Indian journal of veterinary science and animal husbandry - Volume 8,
Year: 1938
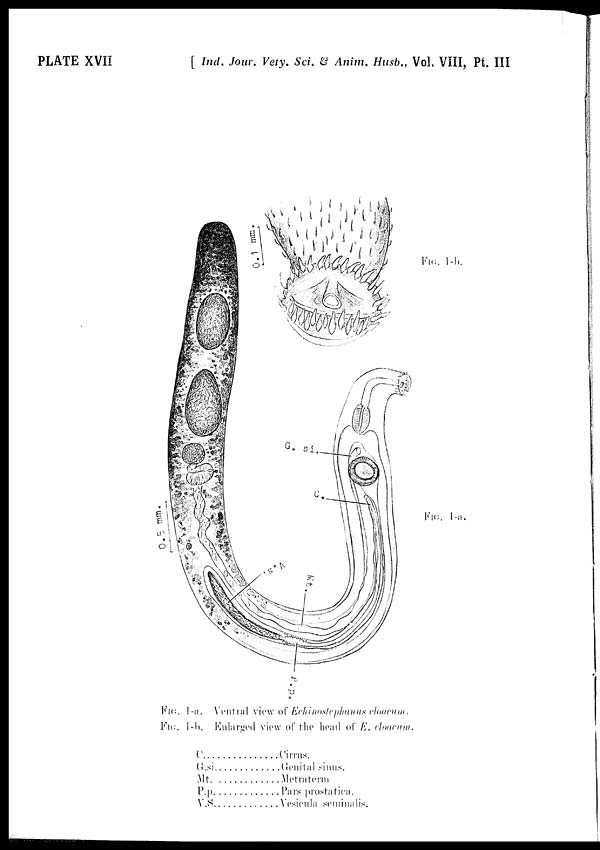
PLATE XVII
[ Ind. Jour. Vety. Sci. & Anim. Husb., Vol. VIII, Pt. III
FIG. 1-a. Ventral view of Echinostephanus cloacum.
FIG. 1-b. Enlarged view of the head of E. cloacum.
C. . . . . . . . . . . . . . .
G.si . . . . . . . . . . . . . .
Mt . . . . . . . . . . . . . .
P.p . . . . . . . . . . . . . .
V.S . . . . . . . . . . . . . .
Cirrus.
Genital sinus.
Metraterm
Pars prostatica.
Vesicula seminalis.